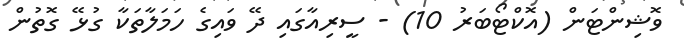
ވޮޝިންޓަން (އޮކްޓޯބަރު 10) - ސީރިއާގައި ދޭ ވައިގެ ހަމަލާތަކާ ގުޅޭ ގޮތުން